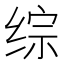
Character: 综